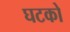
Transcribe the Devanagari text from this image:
घटको